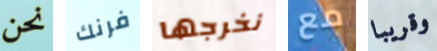
نحن فرنك نخرجها مع وقريبا